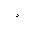
Letter: _dal